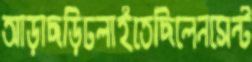
আড়াছড়িঢলাইতেছিলেনসেন্ট